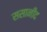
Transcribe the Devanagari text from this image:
ससानीद